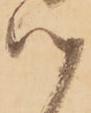
つ